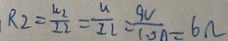
R _ { 2 } = \frac { u _ { 2 } } { I _ { 2 } } = \frac { u } { I _ { 2 } } = \frac { 9 V } { 1 0 A } = 6 n